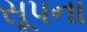
સૂપના